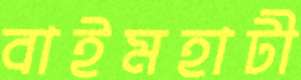
বাইমহাটী